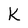
Character: K